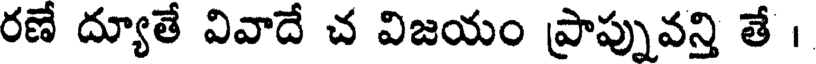
రణే ద్యూతే వివాదే చ విజయం ప్రాప్నువన్తి తే ।